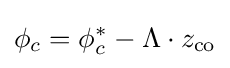
\phi _{c}=\phi _{c}^{*}-\Lambda \cdot {z_{\rm {co}}}